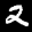
Label: 2